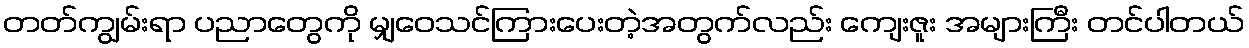
တတ်ကျွမ်းရာ ပညာတွေကို မျှဝေသင်ကြားပေးတဲ့အတွက်လည်း ကျေးဇူး အများကြီး တင်ပါတယ်